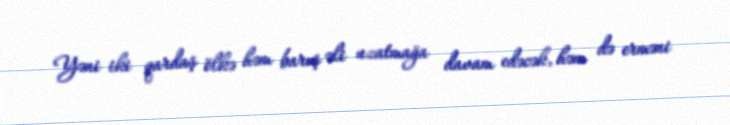
Yəni iki qardaş ölkə həm barış əli uzatmağa davam edəcək, həm də erməni